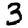
Digit: 3